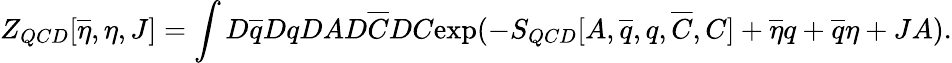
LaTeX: Z_{QCD}[\overline{{{\eta}}},\eta,J]=\int{D}\overline{{{q}}}{D}q{D}A{D}\overline{{{C}}}{D}C\mathrm{exp}(-S_{QCD}[A,\overline{{{q}}},q,\overline{{{C}}},C]+\overline{{{\eta}}}q+\overline{{{q}}}\eta+JA).